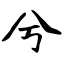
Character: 兮